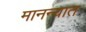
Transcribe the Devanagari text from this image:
मानन्यात